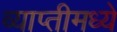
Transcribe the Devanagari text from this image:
व्याप्तीमध्ये